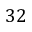
3 2